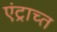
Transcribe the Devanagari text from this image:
एंट्राच्त